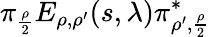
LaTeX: \pi_{\frac{\rho}{2}}E_{\rho,\rho^{\prime}}(s,\lambda)\pi_{\rho^{\prime},\frac{\rho}{2}}^{*}